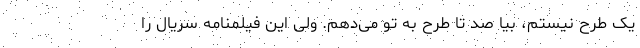
یک طرح نیستم، بیا صد تا طرح به تو می‌دهم. ولی این فیلمنامه سریال را